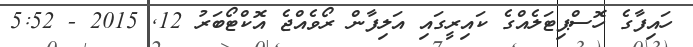
ހައިފާގެ ހޮސްޕިޓަލެއްގެ ކައިރީގައި އަލިފާން ރޯވެއްޖެ އޮކްޓޯބަރު 12